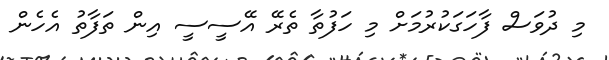
މި ދުވަސް ފާހަގަކުރުމަށް މި ހަފުތާ ތެރޭ އޭސީސީ އިން ތަފާތު އެހެން